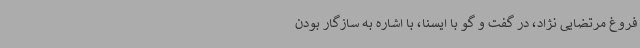
فروغ مرتضایی نژاد، در گفت و گو با ایسنا، با اشاره به سازگار بودن